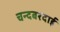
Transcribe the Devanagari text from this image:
चन्दबरदाई